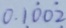
0 . 1 \dot { 0 } 0 \dot { 2 }